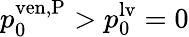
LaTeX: p_{0}^{\mathrm{ven,P}}>p_{0}^{\mathrm{lv}}=0